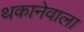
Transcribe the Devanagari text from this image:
थकानेवाला